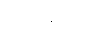
ဗြဟ္မနိမ္မိတာ